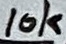
Text: 10k